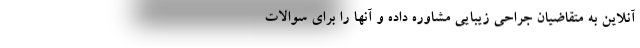
آنلاین به متقاضیان جراحی زیبایی مشاوره داده و آنها را برای سوالات